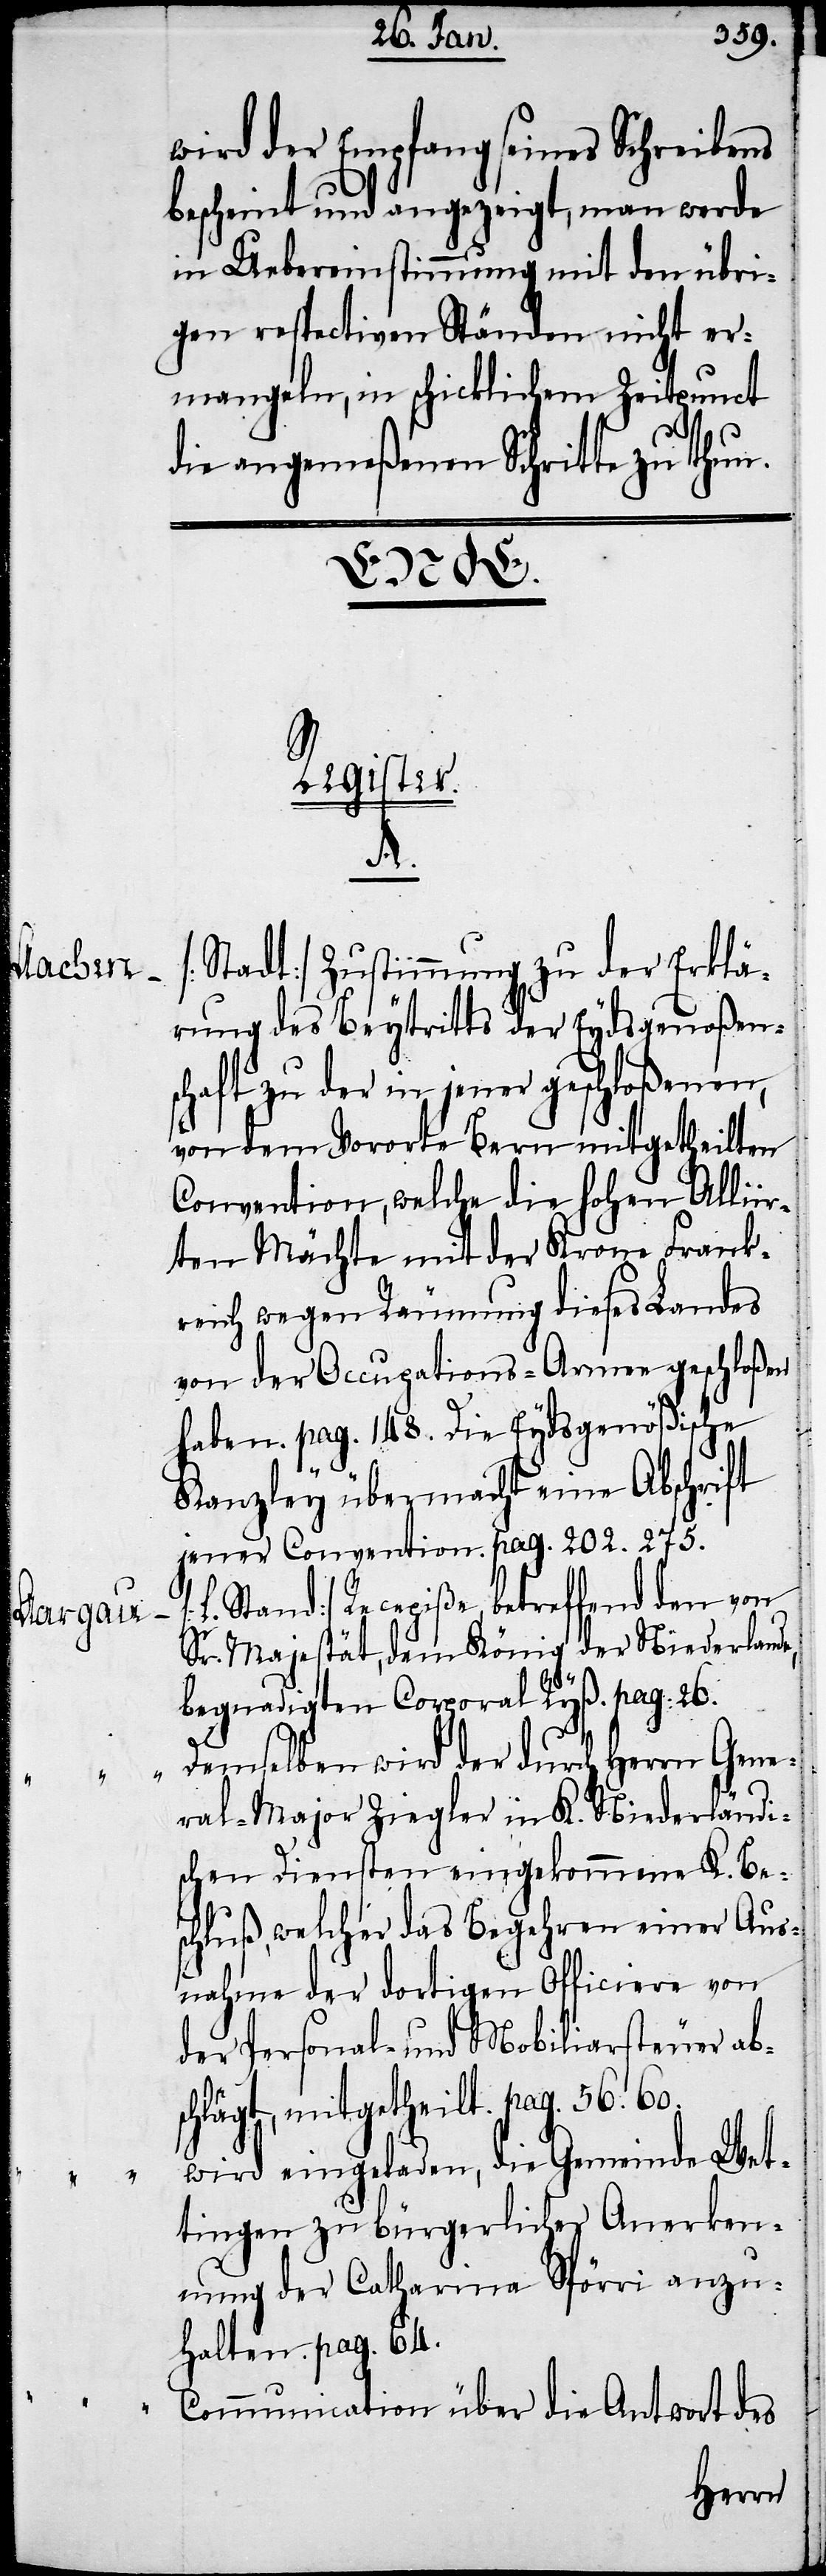
Obern
überweisen

wird der Empfang seines Schreibens
bescheint und angezeigt, man werde
in Uebereinstimmung mit den übri¬
gen respectiven Ständen nicht er¬
mangeln, in schicklichem Zeitpunct
die angemeßenen Schritte zu thun.
daß sie das
die
die
seye, theils sie zu